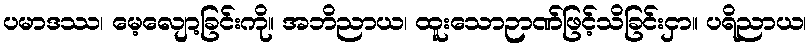
ပမာဒဿ၊ မေ့လျော့ခြင်းကို။ အဘိညာယ၊ ထူးသောဉာဏ်ဖြင့်သိခြင်းငှာ။ ပရိညာယ၊